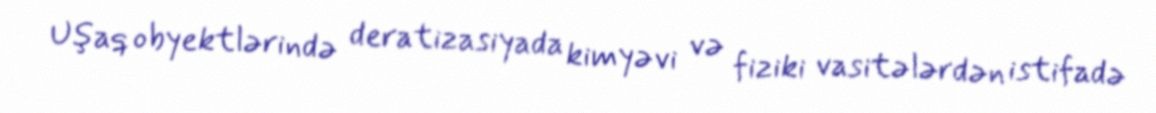
Uşaq obyektlərində deratizasiyada kimyəvi və fiziki vasitələrdən istifadə